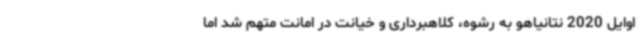
اوایل 2020 نتانیاهو به رشوه، کلاهبرداری و خیانت در امانت متهم شد اما